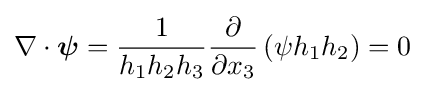
\nabla \cdot {\boldsymbol {\psi }}={\frac {1}{h_{1}h_{2}h_{3}}}{\frac {\partial }{\partial x_{3}}}\left(\psi h_{1}h_{2}\right)=0